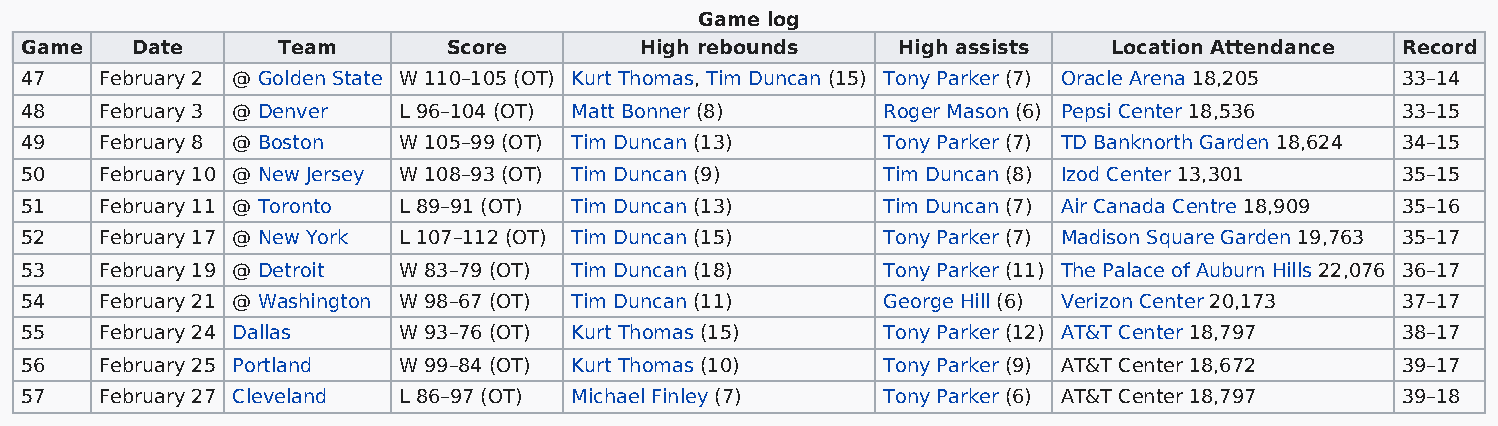
Game log
 Game    Date     Team        Score       High rebounds    High assists   Location Attendance Record
 47    February 2 @ Golden State W 110–105 (OT) Kurt Thomas, Tim Duncan (15) Tony Parker (7) Oracle Arena 18,205 33–14
 48    February 3 @ Denver L 96–104 (OT) Matt Bonner (8)  Roger Mason (6) Pepsi Center 18,536 33–15
 49    February 8 @ Boston W 105–99 (OT) Tim Duncan (13)  Tony Parker (7) TD Banknorth Garden 18,624 34–15
 50    February 10 @ New Jersey W 108–93 (OT) Tim Duncan (9) Tim Duncan (8) Izod Center 13,301 35–15
 51    February 11 @ Toronto L 89–91 (OT) Tim Duncan (13) Tim Duncan (7) Air Canada Centre 18,909 35–16
 52    February 17 @ New York L 107–112 (OT) Tim Duncan (15) Tony Parker (7) Madison Square Garden 19,763 35–17
 53    February 19 @ Detroit W 83–79 (OT) Tim Duncan (18) Tony Parker (11) The Palace of Auburn Hills 22,076 36–17
 54    February 21 @ Washington W 98–67 (OT) Tim Duncan (11) George Hill (6) Verizon Center 20,173 37–17
 55    February 24 Dallas W 93–76 (OT) Kurt Thomas (15)   Tony Parker (12) AT&T Center 18,797 38–17
 56    February 25 Portland W 99–84 (OT) Kurt Thomas (10) Tony Parker (9) AT&T Center 18,672 39–17
 57    February 27 Cleveland L 86–97 (OT) Michael Finley (7) Tony Parker (6) AT&T Center 18,797 39–18